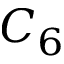
C _ { 6 }